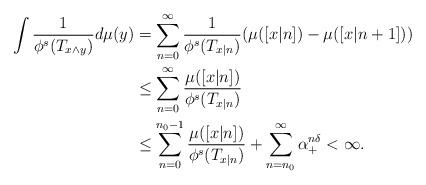
LaTeX: \begin{align*}\int \frac{1}{\phi^s(T_{x\wedge y})} d\mu(y)&=\sum_{n=0}^\infty \frac{1}{\phi^s(T_{x|n})}(\mu([x|n])-\mu([x|n+1]))\\&\leq \sum_{n=0}^\infty \frac{\mu([x|n])}{\phi^s(T_{x|n})}\\&\leq \sum_{n=0}^{n_0-1} \frac{\mu([x|n])}{\phi^s(T_{x|n})}+\sum_{n=n_0}^\infty\alpha_+^{n\delta}<\infty.\end{align*}